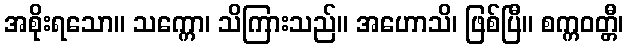
အစိုးရသော။ သက္ကော၊ သိကြားသည်။ အဟောသိ၊ ဖြစ်ပြီ။ စက္ကဝတ္တီ၊